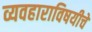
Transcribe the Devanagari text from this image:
व्यवहाराविषयीचे